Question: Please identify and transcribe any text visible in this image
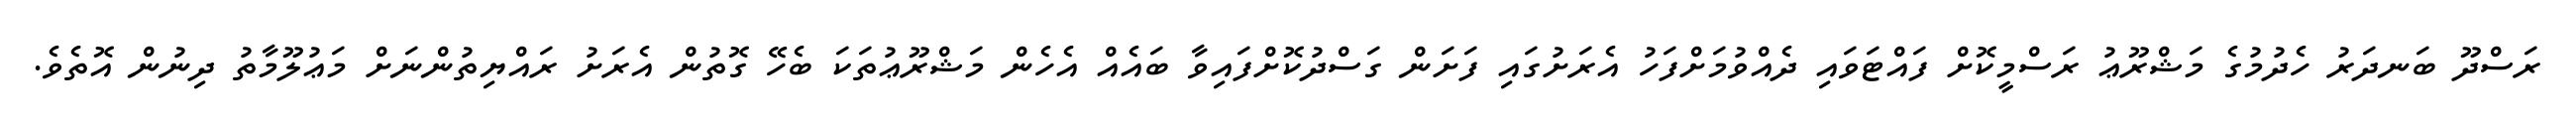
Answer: ރަސްދޫ ބަނދަރު ހެދުމުގެ މަޝްރޫޢު ރަސްމީކޮށް ފައްޓަވައި ދެއްވުމަށްފަހު އެރަށުގައި ފަށަން ގަސްދުކޮށްފައިވާ ބައެއް އެހެން މަޝްރޫޢުތަކަ ބެހޭ ގޮތުން އެރަށު ރައްޔިތުންނަށް މަޢުލޫމާތު ދިނުން އޮތެވެ.